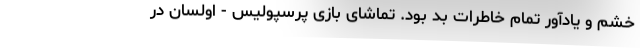
خشم و یادآور تمام خاطرات بد بود. تماشای بازی پرسپولیس - اولسان در